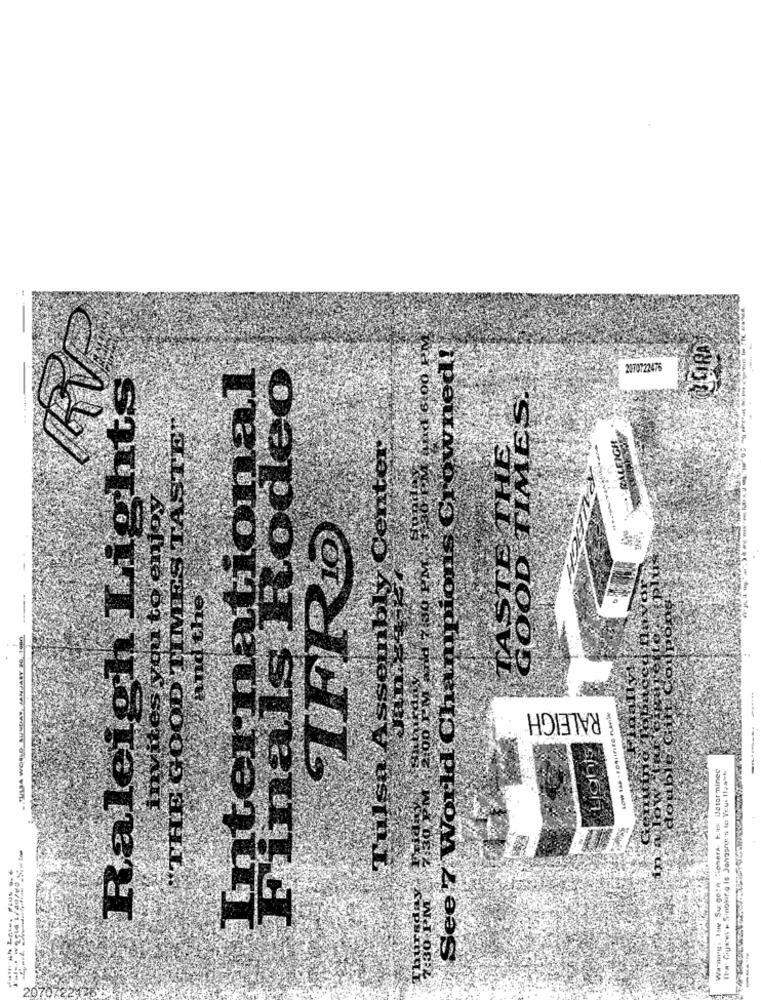
Raleigh Lights
JUASA WORLD. SIEYDAY JANUARY 10. 1990.
RALEIGH
De Gigi's Smoking Is Janasroy's to Your Ilpath
---